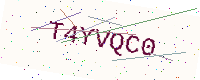
Text: T4YVQC0